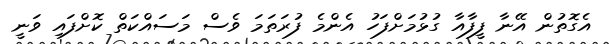
އެގޮތުން އޭނާ ފީފާއާ ގުޅުމަށްފަހު އެންމެ ފުރަތަމަ ވެސް މަސައްކަތް ކޮށްފައި ވަނީ